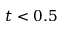
t < 0 . 5